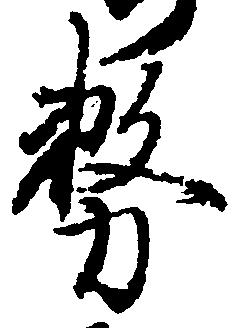
務